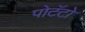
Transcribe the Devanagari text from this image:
पोटॅटो